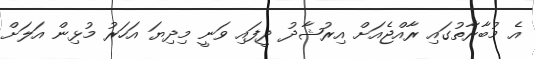
އެ މުބާރާތުގައި ރާއްޖެއަށް އިރުޝާދު ދީފައި ވަނީ މިދިޔަ އަހަރު މުޅިން އަލަށް